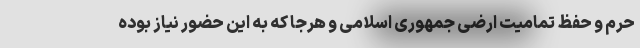
حرم و حفظ تمامیت ارضی جمهوری اسلامی و هرجا که به این حضور نیاز بوده